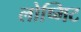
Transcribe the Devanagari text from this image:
लोष्मिट